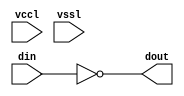
// SPDX-License-Identifier: Apache-2.0
// Copyright (C) 2019 Intel Corporation. 


module aibnd_inv_split_align ( din, dout, vccl, vssl );

  input din;
  output dout;
  input vssl;
  input vccl;


  assign dout = ~din ;

endmodule